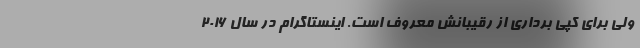
ولی برای کپی برداری از رقیبانش معروف است. اینستاگرام در سال ۲۰۱۶